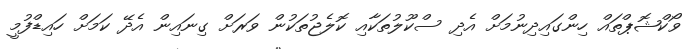
ވޯކްޝޮޕްތައް ހިންގައިދިނުމަށް އެދި ސްކޫލުތަކާއި ކޮލެޖުތަކުން ވަރަށް ގިނައިން އެދޭ ކަމަށް ހައިޑްފުމީ